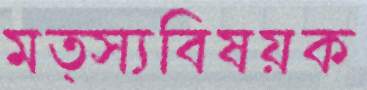
মত্স্যবিষয়ক